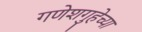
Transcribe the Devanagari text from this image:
गणेशगुहेच्या